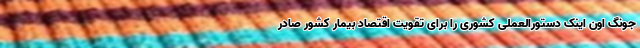
جونگ اون اینک دستورالعملی کشوری را برای تقویت اقتصاد بیمار کشور صادر